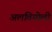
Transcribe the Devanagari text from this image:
अलवियोली